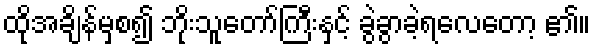
ထိုအချိန်မှစ၍ ဘိုးသူတော်ကြီးနှင့် ခွဲခွာခဲ့ရလေတော့ ၏။